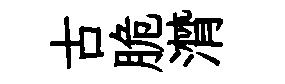
古脆潸